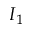
I _ { 1 }